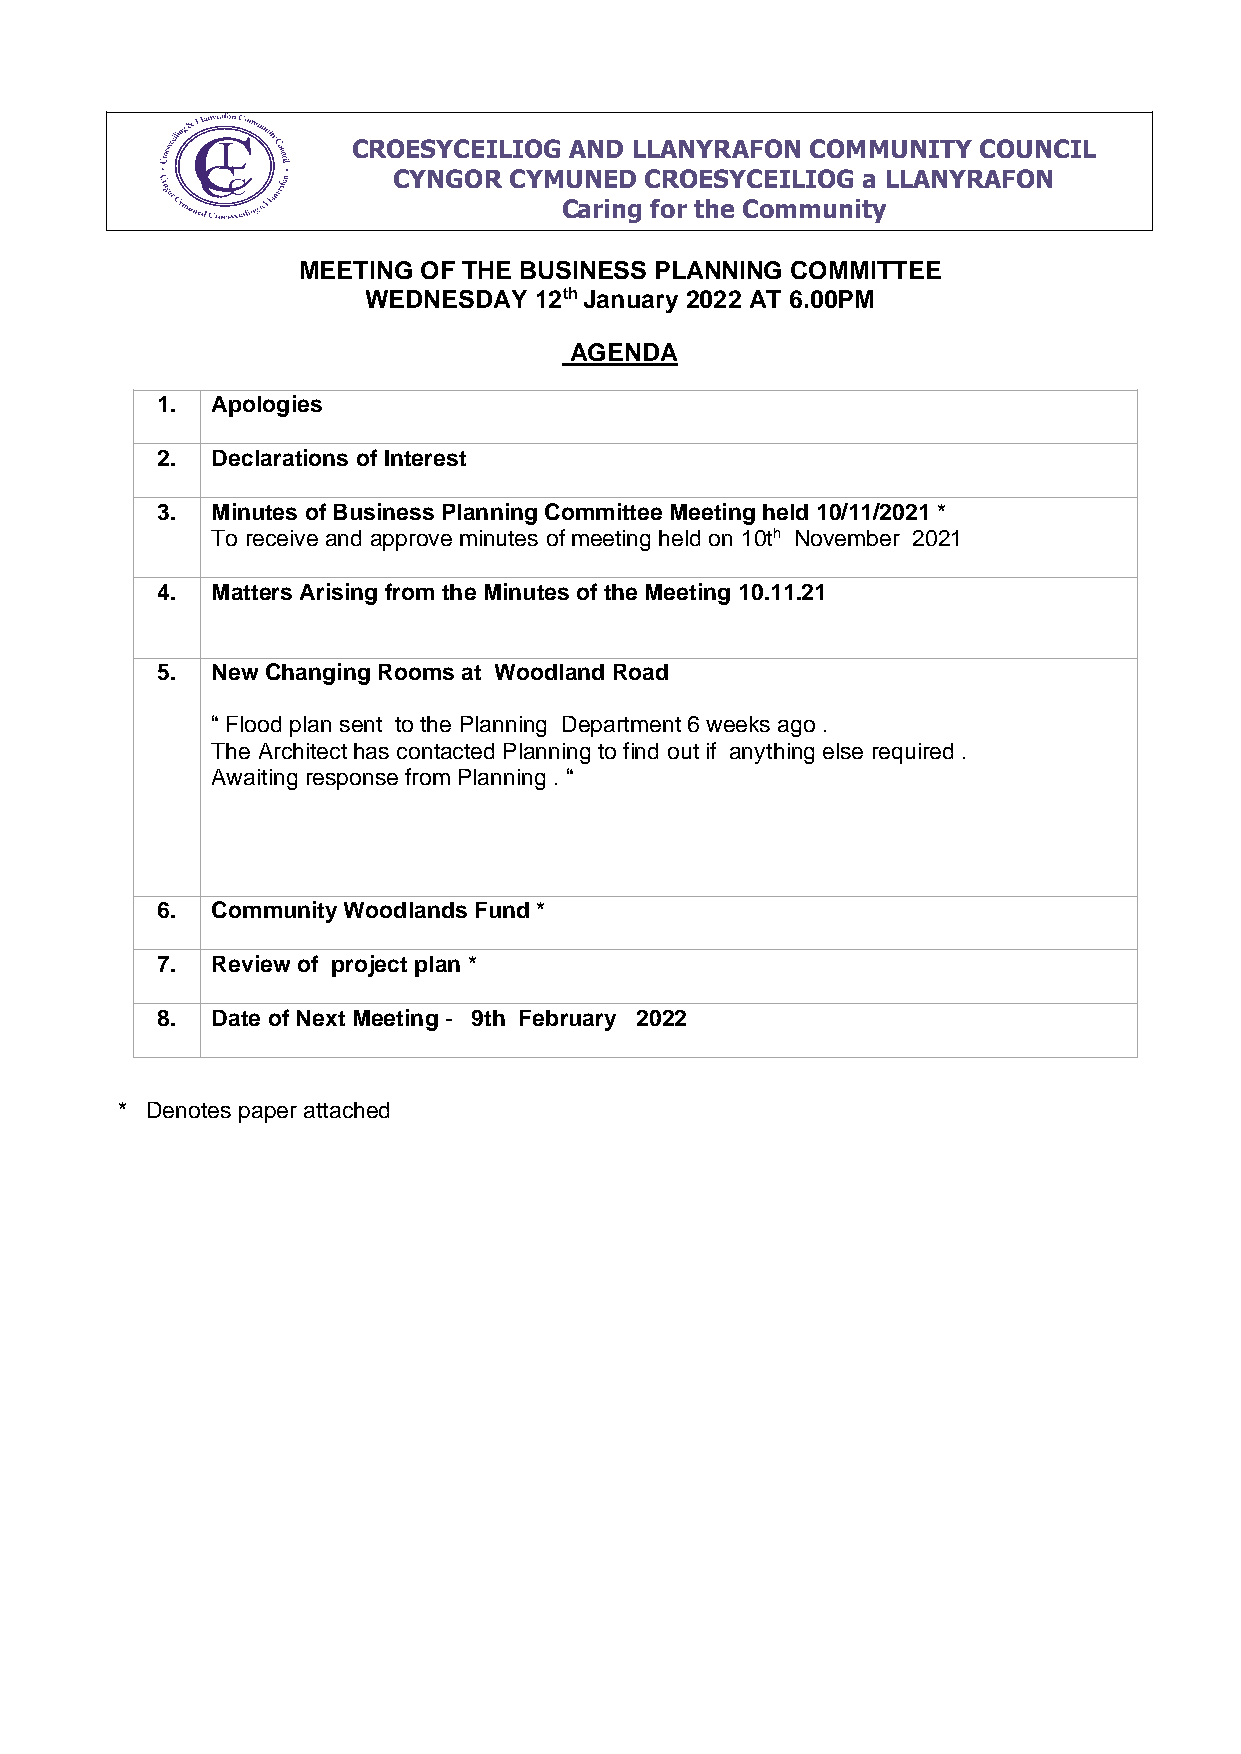
CROESYCEILIOG  AND LLANYRAFON  COMMUNITY  COUNCIL
 CYNGOR  CYMUNED  CROESYCEILIOG a LLANYRAFON
 Caring for the Community
 MEETING OF THE BUSINESS PLANNING COMMITTEE
 WEDNESDAY  12th January 2022 AT 6.00PM
 AGENDA
 1.  Apologies
 2.  Declarations of Interest
 3.  Minutes of Business Planning Committee Meeting held 10/11/2021 *
 To receive and approve minutes of meeting held on 10th November 2021
 4.  Matters Arising from the Minutes of the Meeting 10.11.21
 5.  New Changing Rooms at Woodland Road
 “ Flood plan sent to the Planning Department 6 weeks ago .
 The Architect has contacted Planning to find out if anything else required .
 Awaiting response from Planning . “
 6.  Community Woodlands Fund *
 7.  Review of project plan *
 8.  Date of Next Meeting - 9th February 2022
 * Denotes paper attached